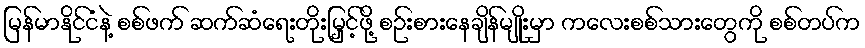
မြန်မာနိုင်ငံနဲ့ စစ်ဖက် ဆက်ဆံရေးတိုးမြှင့်ဖို့ စဉ်းစားနေချိန်မျိုးမှာ ကလေးစစ်သားတွေကို စစ်တပ်က